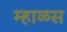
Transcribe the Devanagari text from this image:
म्हाळस